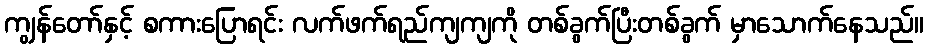
ကျွန်တော်နှင့် စကားပြောရင်း လက်ဖက်ရည်ကျကျကို တစ်ခွက်ပြီးတစ်ခွက် မှာသောက်နေသည်။